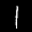
Label: 1